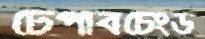
টেপাবচেংড